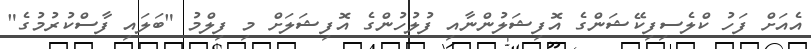
އެއަށް ފަހު ކްލެސިފިކޭޝަންގެ އޮފިޝަލުންނާއި ފުލުހުންގެ އޮފިޝަލަށް މި ފިލްމު "ބަލައި ފާސްކުރުމުގެ"